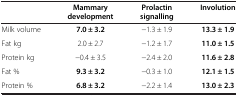
|  | Mammary development | Prolactin signalling | Involution |
 | --- | --- | --- | --- |
 | Milk volume | 7.0 ± 3.2 | −1.3 ± 1.9 | 13.3 ± 1.9 |
 | Fat kg | 2.0 ± 2.7 | −1.2 ± 1.7 | 11.0 ± 1.5 |
 | Protein kg | −0.4 ± 3.5 | −2.4 ± 2.0 | 11.6 ± 2.8 |
 | Fat % | 9.3 ± 3.2 | −0.3 ± 1.0 | 12.1 ± 1.5 |
 | Protein % | 6.8 ± 3.2 | −2.2 ± 1.4 | 13.0 ± 2.3 |